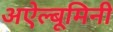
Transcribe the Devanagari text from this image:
अऐल्बूमिनी